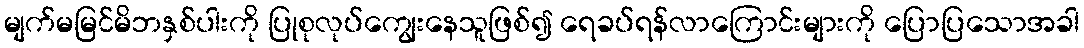
မျက်မမြင်မိဘနှစ်ပါးကို ပြုစုလုပ်ကျွေးနေသူဖြစ်၍ ရေခပ်ရန်လာကြောင်းများကို ပြောပြသောအခါ